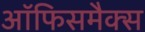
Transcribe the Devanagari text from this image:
ऑफिसमैक्स